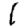
Digit: 1